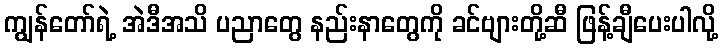
ကျွန်တော်ရဲ့ အဲဒီအသိ ပညာတွေ နည်းနာတွေကို ခင်ဗျားတို့ဆီ ဖြန့်ချီပေးပါလို့